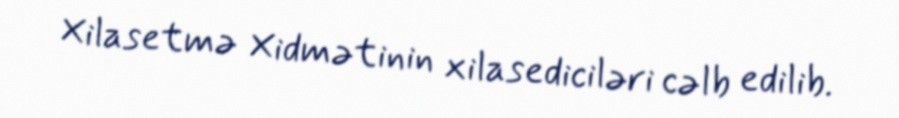
Xilasetmə Xidmətinin xilasediciləri cəlb edilib.